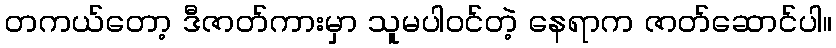
တကယ်တော့ ဒီဇာတ်ကားမှာ သူမပါဝင်တဲ့ နေရာက ဇာတ်ဆောင်ပါ။